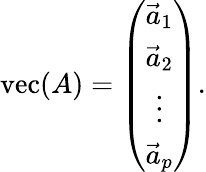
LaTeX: \operatorname{vec}(A)=\left(\begin{array}{c}{\vec{a}_{1}}\\ {\vec{a}_{2}}\\ {\vdots}\\ {\vec{a}_{p}}\end{array}\right).